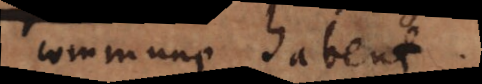
commune habent.